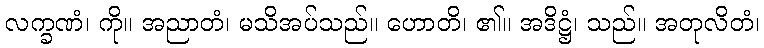
လက္ခဏံ၊ ကို။ အညာတံ၊ မသိအပ်သည်။ ဟောတိ၊ ၏။ အဒိဋ္ဌံ၊ သည်။ အတုလိတံ၊